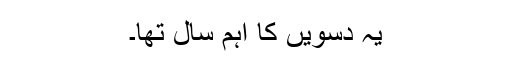
یہ دسویں کا اہم سال تھا۔